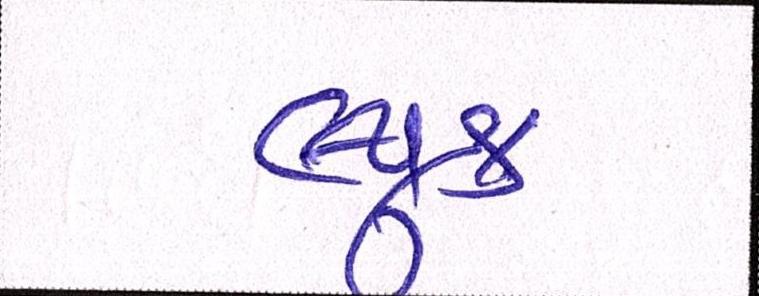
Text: લ્યૂક